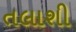
તલાશી